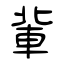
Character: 軰